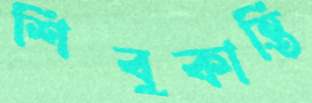
শিবুকান্তি